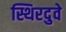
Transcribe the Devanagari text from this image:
स्थिरदुवे